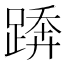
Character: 𨃦